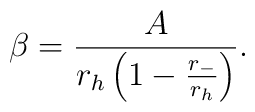
\beta ={{A}\over {r_{h} \left ( 1- {{r_{-}}\over{r_{h}}} \right ) }}.